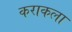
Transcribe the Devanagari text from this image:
कराकला